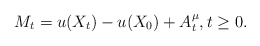
\begin{align*}M_t=u(X_t)-u(X_0)+A^\mu_t,t\ge 0.\end{align*}